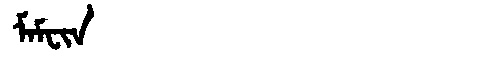
Manchu: ᠮᠠᠮᠸᡳᠨ
Romanization: MAMFIN